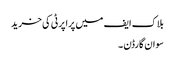
بلاک ایف میں پراپرٹی کی خرید
سوان گارڈن ۔